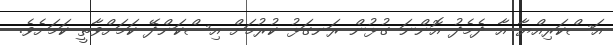
އަސްކަރިއްޔާ އާ ދެމެދު އޮންނަ ގުޅުން ރަނގަޅު ކުރުމަށް އިސްކަންދޭ ކަމަށްވާތީ ކަަމަށެވެ.